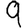
Digit: 9